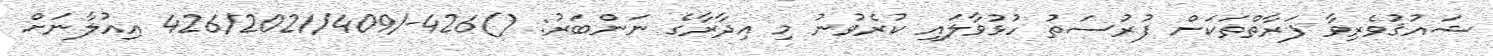
ޝައުޤުވެރިވާ ފަރާތްތަކަށް ފުރުސަތު ހުޅުވާލައި ކުރެވުނު މި އިދާރާގެ ނަންބަރު: ()426-/426/2021/409 އިއުލާނަށް